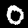
Digit: 0